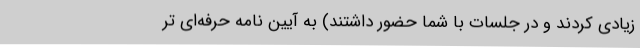
زیادی کردند و در جلسات با شما حضور داشتند) به آیین نامه حرفه‌ای تر